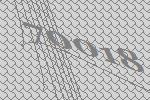
70018